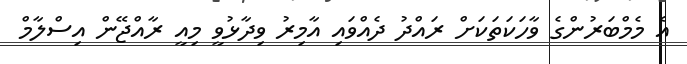
އެ މެމްބަރުންގެ ވާހަކަތަކަށް ރައްދު ދެއްވައި އާމިރު ވިދާޅުވީ މިއީ ރާއްޖޭން އިސްލާމް